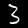
Label: 3